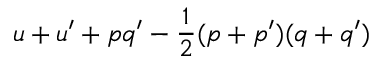
u + u ^ { \prime } + p q ^ { \prime } - { \frac { 1 } { 2 } } ( p + p ^ { \prime } ) ( q + q ^ { \prime } )